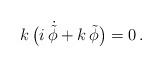
LaTeX: \begin{align*}k\,\bigl(i\,\dot{\tilde\phi}+k\,\tilde\phi\bigr)=0\,.\end{align*}